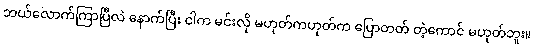
ဘယ်လောက်ကြာပြီလဲ နောက်ပြီး ငါက မင်းလို မဟုတ်ကဟုတ်က ပြောတတ် တဲ့ကောင် မဟုတ်ဘူး။